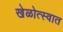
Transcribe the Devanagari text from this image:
खेळोत्स्वात